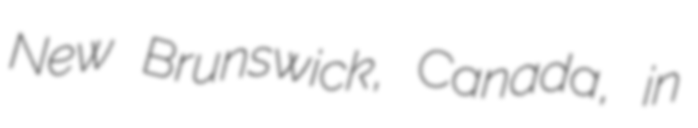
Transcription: New Brunswick, Canada, in